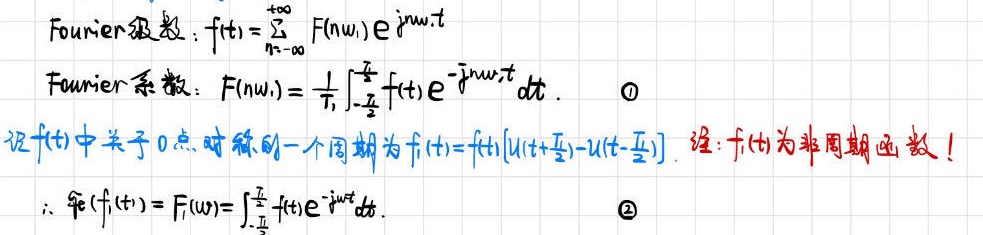
Fourier级数：$f(t)=\sum_{n = -\infty}^{+\infty}F(n\omega_1)e^{jn\omega_1t}$

Fourier系数：$F(n\omega_1)=\frac{1}{T_1}\int_{-\frac{T_1}{2}}^{\frac{T_1}{2}}f(t)e^{-jn\omega_1t}dt$.  \textcircled{1}

设$f(t)$中关于$0$点对称的一个周期为$f_1(t)=f(t)[u(t + \frac{T_1}{2})-u(t - \frac{T_1}{2})]$. 注：$f_1(t)$为非周期函数！

$\therefore \text{傅}(f_1(t)) = F(\omega)=\int_{-\frac{T_1}{2}}^{\frac{T_1}{2}}f(t)e^{-j\omega t}dt$.  \textcircled{2}